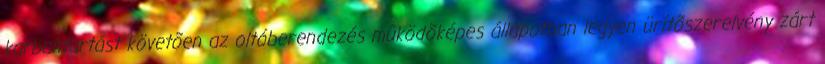
karbantartást követõen az oltóberendezés mûködõképes állapotban legyen ürítõszerelvény zárt